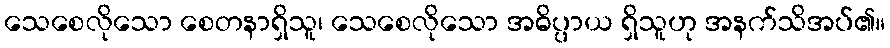
သေစေလိုသော စေတနာရှိသူ၊ သေစေလိုသော အဓိပ္ပာယ ရှိသူဟု အနက်သိအပ်၏။